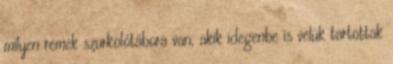
milyen remek szurkolótábora van, akik idegenbe is velük tartottak